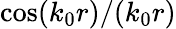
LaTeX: \cos(k_{0}r)/(k_{0}r)